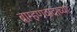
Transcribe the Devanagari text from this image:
ब्राम्हणवादाच्या